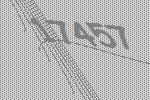
17457